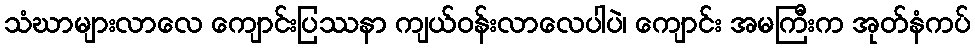
သံဃာများလာလေ ကျောင်းပြဿနာ ကျယ်ဝန်းလာလေပါပဲ၊ ကျောင်း အမကြီးက အုတ်နံကပ်